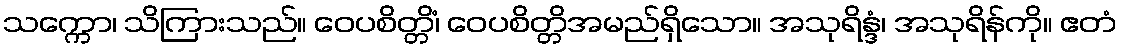
သက္ကော၊ သိကြားသည်။ ဝေပစိတ္တိံ၊ ဝေပစိတ္တိအမည်ရှိသော။ အသုရိန္ဒံ၊ အသုရိန်ကို။ ဧတံ